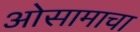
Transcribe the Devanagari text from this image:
ओसामाचा